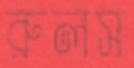
রুলস